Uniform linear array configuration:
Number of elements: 8
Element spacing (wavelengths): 0.75
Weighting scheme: uniform
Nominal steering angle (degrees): -60
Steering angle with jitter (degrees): -59.019
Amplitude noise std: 0.05
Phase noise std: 0.05

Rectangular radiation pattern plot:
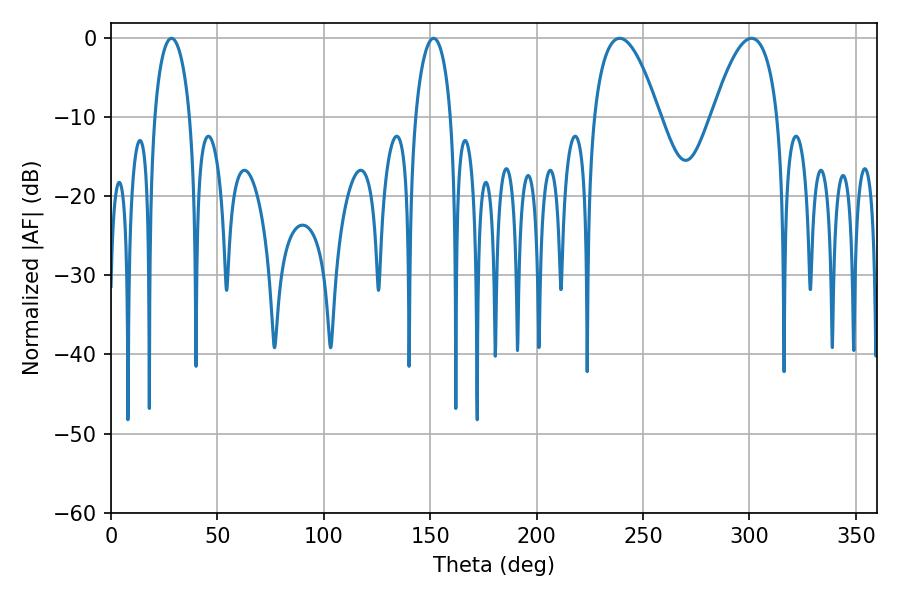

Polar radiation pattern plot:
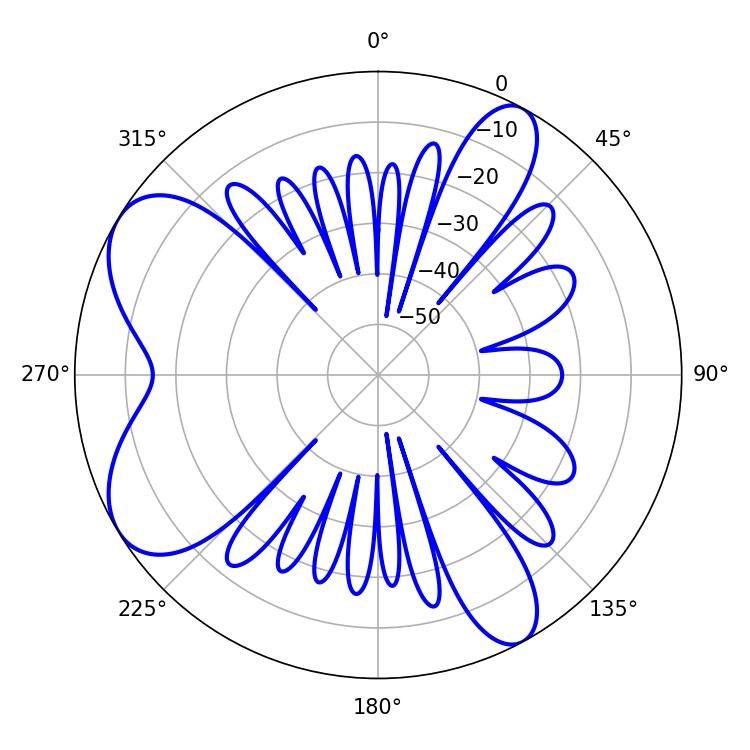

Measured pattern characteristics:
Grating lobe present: TRUE
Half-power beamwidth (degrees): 16.92
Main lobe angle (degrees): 239.04